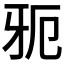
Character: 𱭣